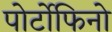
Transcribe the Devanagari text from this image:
पोर्टोफिनो